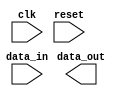
module lvcmos_buffer (
    input wire clk,
    input wire reset,
    input wire [7:0] data_in,
    output wire [7:0] data_out
);

// Implement LVCMOS buffer logic here

endmodule